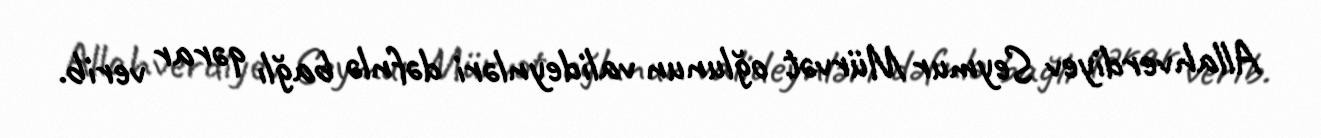
Allahverdiyev Seymur Mürvət oğlunun valideynləri dəfnlə bağlı qərar verib.